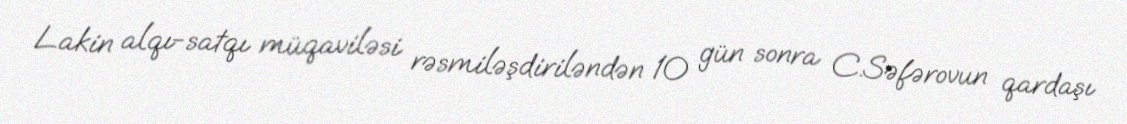
Lakin alqı-satqı müqaviləsi rəsmiləşdiriləndən 10 gün sonra C.Səfərovun qardaşı